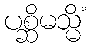
ပစ္ဆိမသ္မိံ